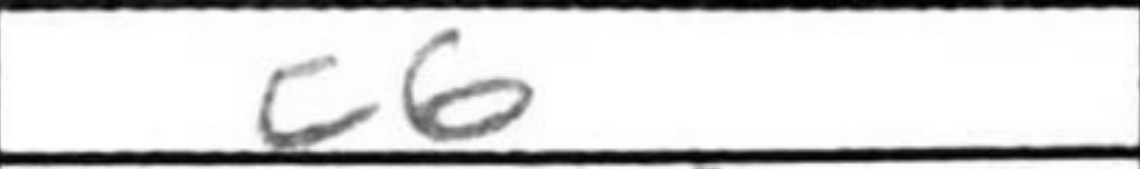
Transcription: c6